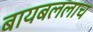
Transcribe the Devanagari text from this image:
बायबललाच